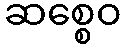
ဆစ္စေဝ